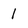
Character: 1